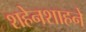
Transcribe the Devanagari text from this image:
शहेनशाहने